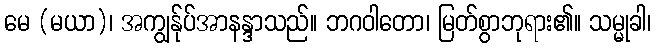
မေ (မယာ)၊ အကျွန်ုပ်အာနန္ဒာသည်။ ဘဂဝါတော၊ မြတ်စွာဘုရား၏။ သမ္မုခါ၊